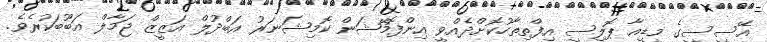
އޭސީސީގެ މީޑިއާ ޕޮލިސީ އިފްތިތާހުކޮށްދެއްވީ އިންފޮމޭޝަން ކޮމިޝަނަރު އަބްދުލް އަޒީޒް ޖަމާލް އަބޫބަކުރެވެ.